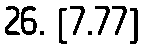
26. [7.77]